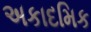
અકાદમિક